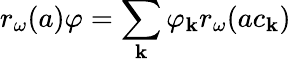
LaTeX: r_{\omega}(a)\varphi=\sum_{\mathbf{k}}\varphi_{\mathbf{k}}r_{\omega}(ac_{\mathbf{k}})